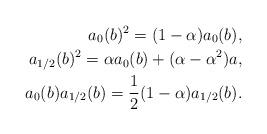
LaTeX: \begin{align*}a_0(b)^2 = (1-\alpha)a_0(b), \\a_{1/2}(b)^2 = \alpha a_0(b)+(\alpha-\alpha^2)a, \\a_0(b)a_{1/2}(b) = \frac{1}{2}(1-\alpha)a_{1/2}(b). \end{align*}